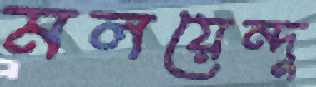
মলয়েন্দু